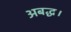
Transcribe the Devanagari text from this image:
अबद्ध।